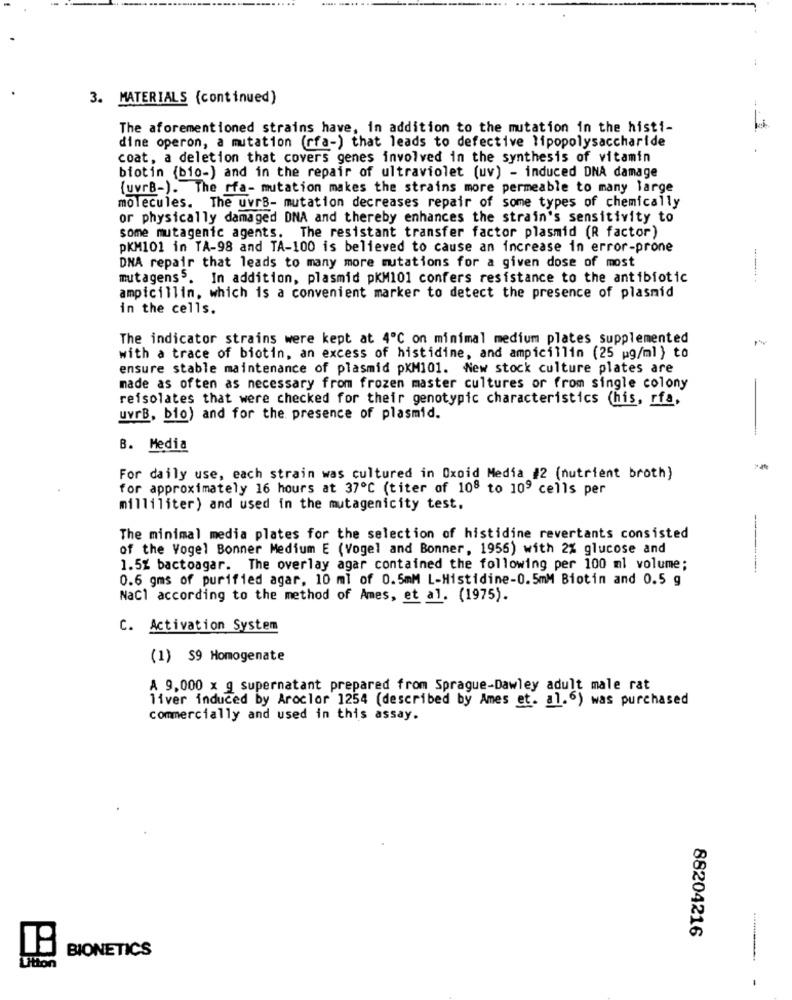
....
3. MATERIALS (continued)
The aforementioned strains have, in addition to the mutation in the histi-
dine operon, a mutation (rfa-) that leads to defective lipopolysaccharide
coat, a deletion that covers genes involved in the synthesis of vitamin
biotin (bio-) and in the repair of ultraviolet (uv) - induced DNA damage
{uvrB-). The rfa- mutation makes the strains more permeable to many large
molecules. The uvrB- mutation decreases repair of some types of chemically
or physically damaged DNA and thereby enhances the strain's sensitivity to
some mutagenic agents. The resistant transfer factor plasmid (R factor)
pKM101 in TA-98 and TA-100 is believed to cause an increase in error-prone
DNA repair that leads to many more mutations for a given dose of most
mutagens5. In addition, plasmid pKM101 confers resistance to the antibiotic
------
ampicillin, which is a convenient marker to detect the presence of plasmid
in the cells.
The indicator strains were kept at 4℃ on minimal medium plates supplemented
with a trace of biotin, an excess of histidine, and ampicillin (25 pg/ml ) to
ensure stable maintenance of plasmid pKM101. New stock culture plates are
made as often as necessary from frozen master cultures or from single colony
reisolates that were checked for their genotypic characteristics (his, rfa,
uvrB, bio) and for the presence of plasmid.
B. Media
For daily use, each strain was cultured in Oxoid Media #2 (nutrient broth}
for approximately 16 hours at 37℃ (titer of 108 to 109 cells per
milliliter) and used in the mutagenicity test.
The minimal media plates for the selection of histidine revertants consisted
of the Vogel Bonner Medium E (Vogel and Bonner, 1955) with 2% glucose and
1.5% bactoagar. The overlay agar contained the following per 100 ml volume;
-
0.6 gms of purified agar, 10 ml of 0.5mM L-Histidine-0.5mM Biotin and 0.5 g
NaCl according to the method of Ames, et al. (1975).
C. Activation System
(1) $9 Homogenate
A 9,000 x g supernatant prepared from Sprague-Dawley adult male rat
liver induced by Aroclor 1254 (described by Ames et. al. 6) was purchased
commercially and used in this assay.
88204216
BIONETICS
Utton
-